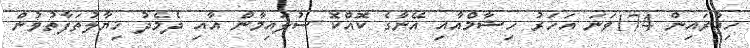
ހިޖުރައިން 174ވަނަ އަހަރު ހިޝާމްއާއި އޭނާގެ ކޮއްކޮ ސުލައިމާން އާއި ދެމެދު ޚިޔާލުތަފާތުވުން